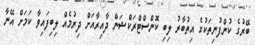
ބޭރުގެ ކުންފުނިތަކުގެ އިތުބާރު ލިބި ކޮންސްޓްރަކްޝަން ދާއިރާއަށް ދިރުމެއް ލިބިފައިވާ ކަމަށް އޭނާ